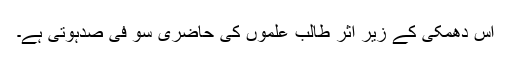
اس دھمکی کے زیرِ اثر طالب علموں کی حاضری سو فی صدہوتی ہے۔